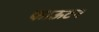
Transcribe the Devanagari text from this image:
फाऊटन